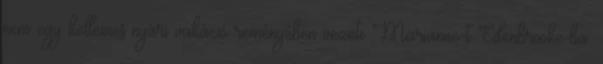
nem egy kellemes nyári vakáció reményében vezeti Marianne-t Edenbrooke-ba.